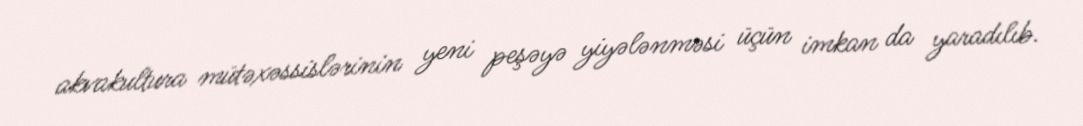
akvakultura mütəxəssislərinin yeni peşəyə yiyələnməsi üçün imkan da yaradılıb.